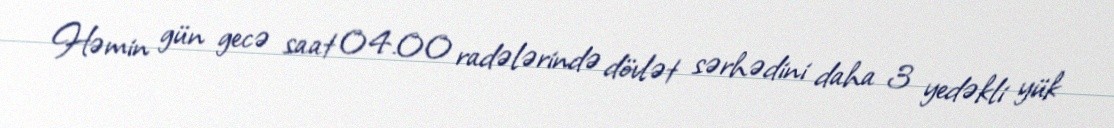
Həmin gün gecə saat 04.00 radələrində dövlət sərhədini daha 3 yedəkli yük